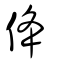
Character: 佭